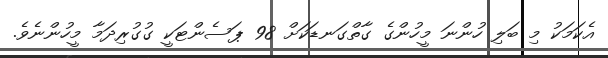
އެކަމަކު މި ބަލި ހުންނަ މީހުންގެ ގާތްގަނޑަކަށް 98 ޕަސެންޓަކީ ގުގުރިދަމާ މީހުންނެވެ.